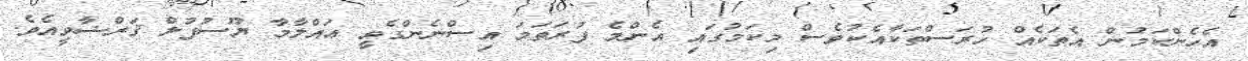
އެހެންކަމުން އެތަކެއް ހުރަސްތަކާއެކުވެސް މިކަމުގައި އެންމެ ފުރަތަމަ އިސްނެންގެވީ ޢައްލާމާ ޔޫސުފުލް ޤަރްޟާވީއެވެ.